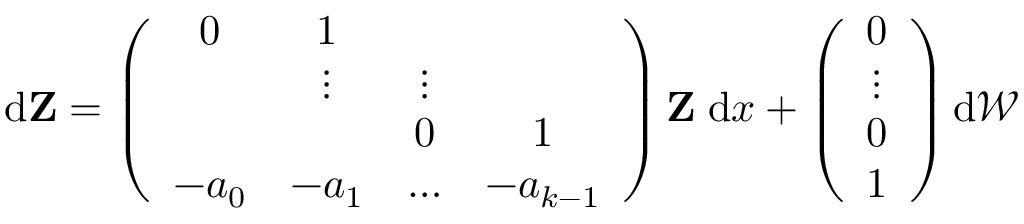
\begin{array} { r } { \mathrm { d } \mathbf { Z } = \left( \begin{array} { c c c c } { 0 } & { 1 } & & \\ & { \vdots } & { \vdots } & \\ & & { 0 } & { 1 } \\ { - a _ { 0 } } & { - a _ { 1 } } & { \dots } & { - a _ { k - 1 } } \end{array} \right) \mathbf { Z } \; \mathrm { d } x + \left( \begin{array} { c } { 0 } \\ { \vdots } \\ { 0 } \\ { 1 } \end{array} \right) \mathrm { d } \mathcal { W } } \end{array}